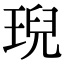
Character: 𤦤